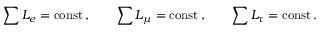
\sum { L _ { e } } = \mathrm { c o n s t } \, , \qquad \sum { L _ { \mu } } = \mathrm { c o n s t } \, , \qquad \sum { L _ { \tau } } = \mathrm { c o n s t } \, .